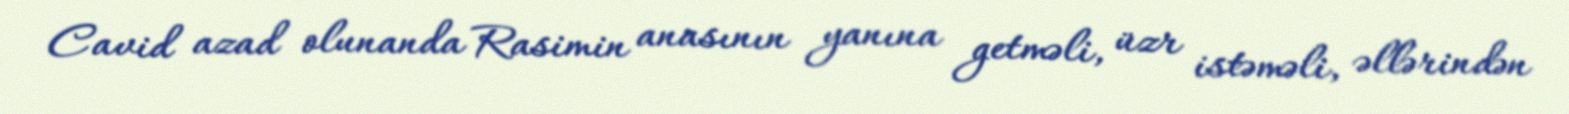
Cavid azad olunanda Rasimin anasının yanına getməli, üzr istəməli, əllərindən